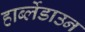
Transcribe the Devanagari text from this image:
हार्ब्लेडाउन